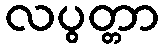
လပွတ္တာ